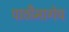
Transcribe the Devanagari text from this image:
पाठीमागेच